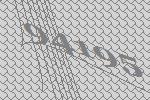
94195